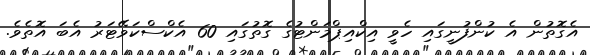
އެގޮތުން އެ ކުންފުނީގައި ހެވީ އިކްއިޕްމަންޓުގެ ގޮތުގައި 60 އެކްސްކަވޭޓަރު އެބަ އޮތެވެ.